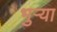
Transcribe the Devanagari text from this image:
भुर्‍या